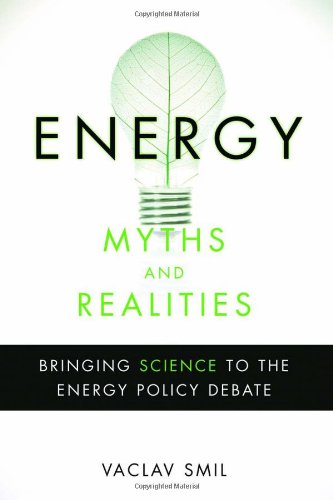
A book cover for Energy Myths and Realities: Bringing Science to the Energy Policy Debate; Vaclav Smil; Engineering & Transportation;